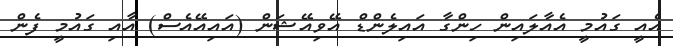
އެއީ ގައުމީ އެއާލައިން ހިންގާ އައިލެންޑް އޭވިއޭޝަން (އައިއޭއެސް) އާއި ގައުމީ ފެން